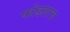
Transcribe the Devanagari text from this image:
फोडलाच